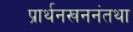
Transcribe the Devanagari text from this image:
प्रार्थनखननंतथा